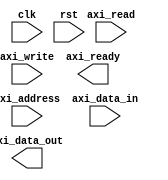
module AXI_bus_controller (
    input wire clk, // clock input
    input wire rst, // reset input
    input wire axi_read, // AXI read control input
    input wire axi_write, // AXI write control input
    input wire [3:0] axi_address, // AXI address input
    input wire [31:0] axi_data_in, // AXI data input
    output reg [31:0] axi_data_out, // AXI data output
    output reg axi_ready // AXI ready output
);

// Timing control and synchronization logic here
// Manage read and write operations timing
// Synchronize data across different clock domains
// Manage arbitration and prioritization of transactions
// Include error detection and correction logic

always @ (posedge clk or negedge rst) begin
    if (!rst) begin
        // Reset logic here
    end else begin
        // AXI bus controller logic here
        if (axi_read) begin
            // Read operation logic here
        end
        if (axi_write) begin
            // Write operation logic here
        end
    end
end

endmodule